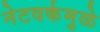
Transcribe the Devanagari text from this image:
नेटवर्कमुळे